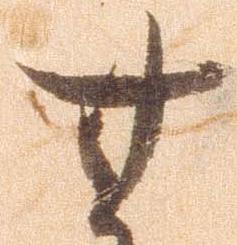
無